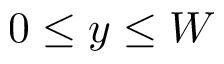
0 \leq y \leq W